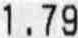
1.79